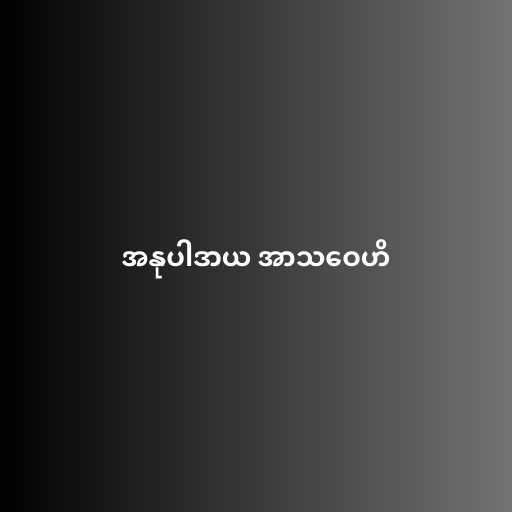
အနုပါဒာယ အာသဝေဟိ